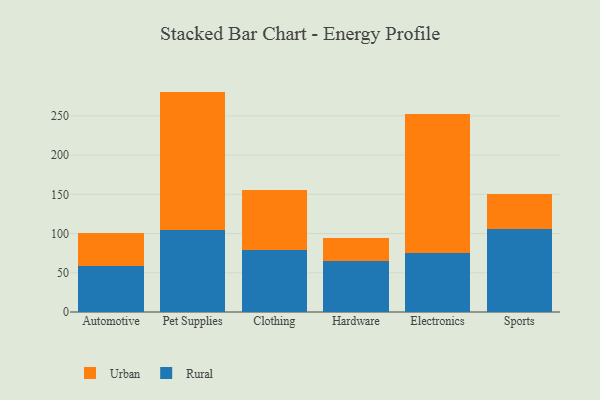
{"axis": {"x": "Category", "y": "Budget (USD K)"}, "legend": ["Rural", "Urban"], "data": [{"x": "Automotive", "y": 58.9, "type": "Rural"}, {"x": "Automotive", "y": 42.4, "type": "Urban"}, {"x": "Pet Supplies", "y": 103.9, "type": "Rural"}, {"x": "Pet Supplies", "y": 177.0, "type": "Urban"}, {"x": "Clothing", "y": 78.4, "type": "Rural"}, {"x": "Clothing", "y": 77.7, "type": "Urban"}, {"x": "Hardware", "y": 64.6, "type": "Rural"}, {"x": "Hardware", "y": 29.1, "type": "Urban"}, {"x": "Electronics", "y": 75.1, "type": "Rural"}, {"x": "Electronics", "y": 177.1, "type": "Urban"}, {"x": "Sports", "y": 105.8, "type": "Rural"}, {"x": "Sports", "y": 44.8, "type": "Urban"}]}